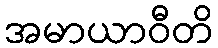
အမာယာဝီတိ